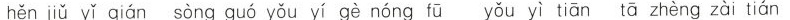
hěn jiǔ yǐ qián sòng guó yǒu yí gè nóng fū yǒu yì tiān tā zhèng zài tián